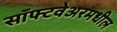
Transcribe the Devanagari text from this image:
सॉफ्टवेअरमधील